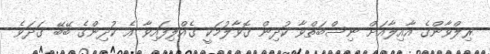
ރިލްވާންގެ އާއިލާއަށް ނިސްބަތްވާ ކުދިން ގޮވާލުމަކީ ގެއްލިފައިވާ އެ ކުދިންގެ ބޭބޭ ގަދަވެ